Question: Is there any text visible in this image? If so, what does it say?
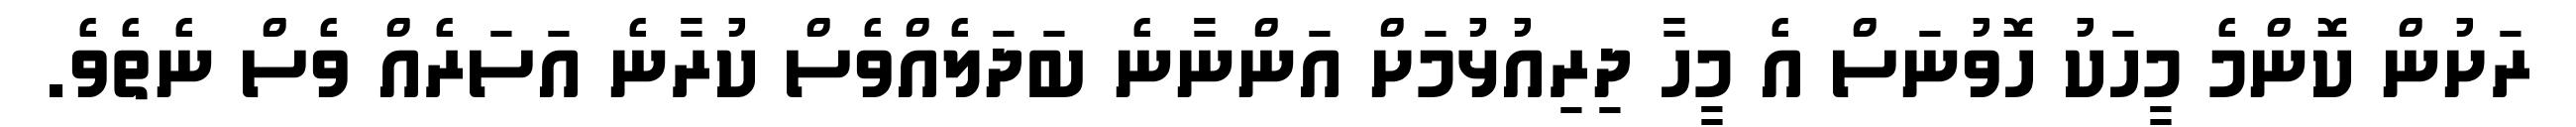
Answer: ރަށުން ކޮންމެ މީހަކު ހޮވުނަސް އެ މީހާ ދިރިއުޅުމަށް އަންނާނެ ބަދަލެއްވެސް ކުރާނެ އަސަރެއް ވެސް ނެތެވެ.